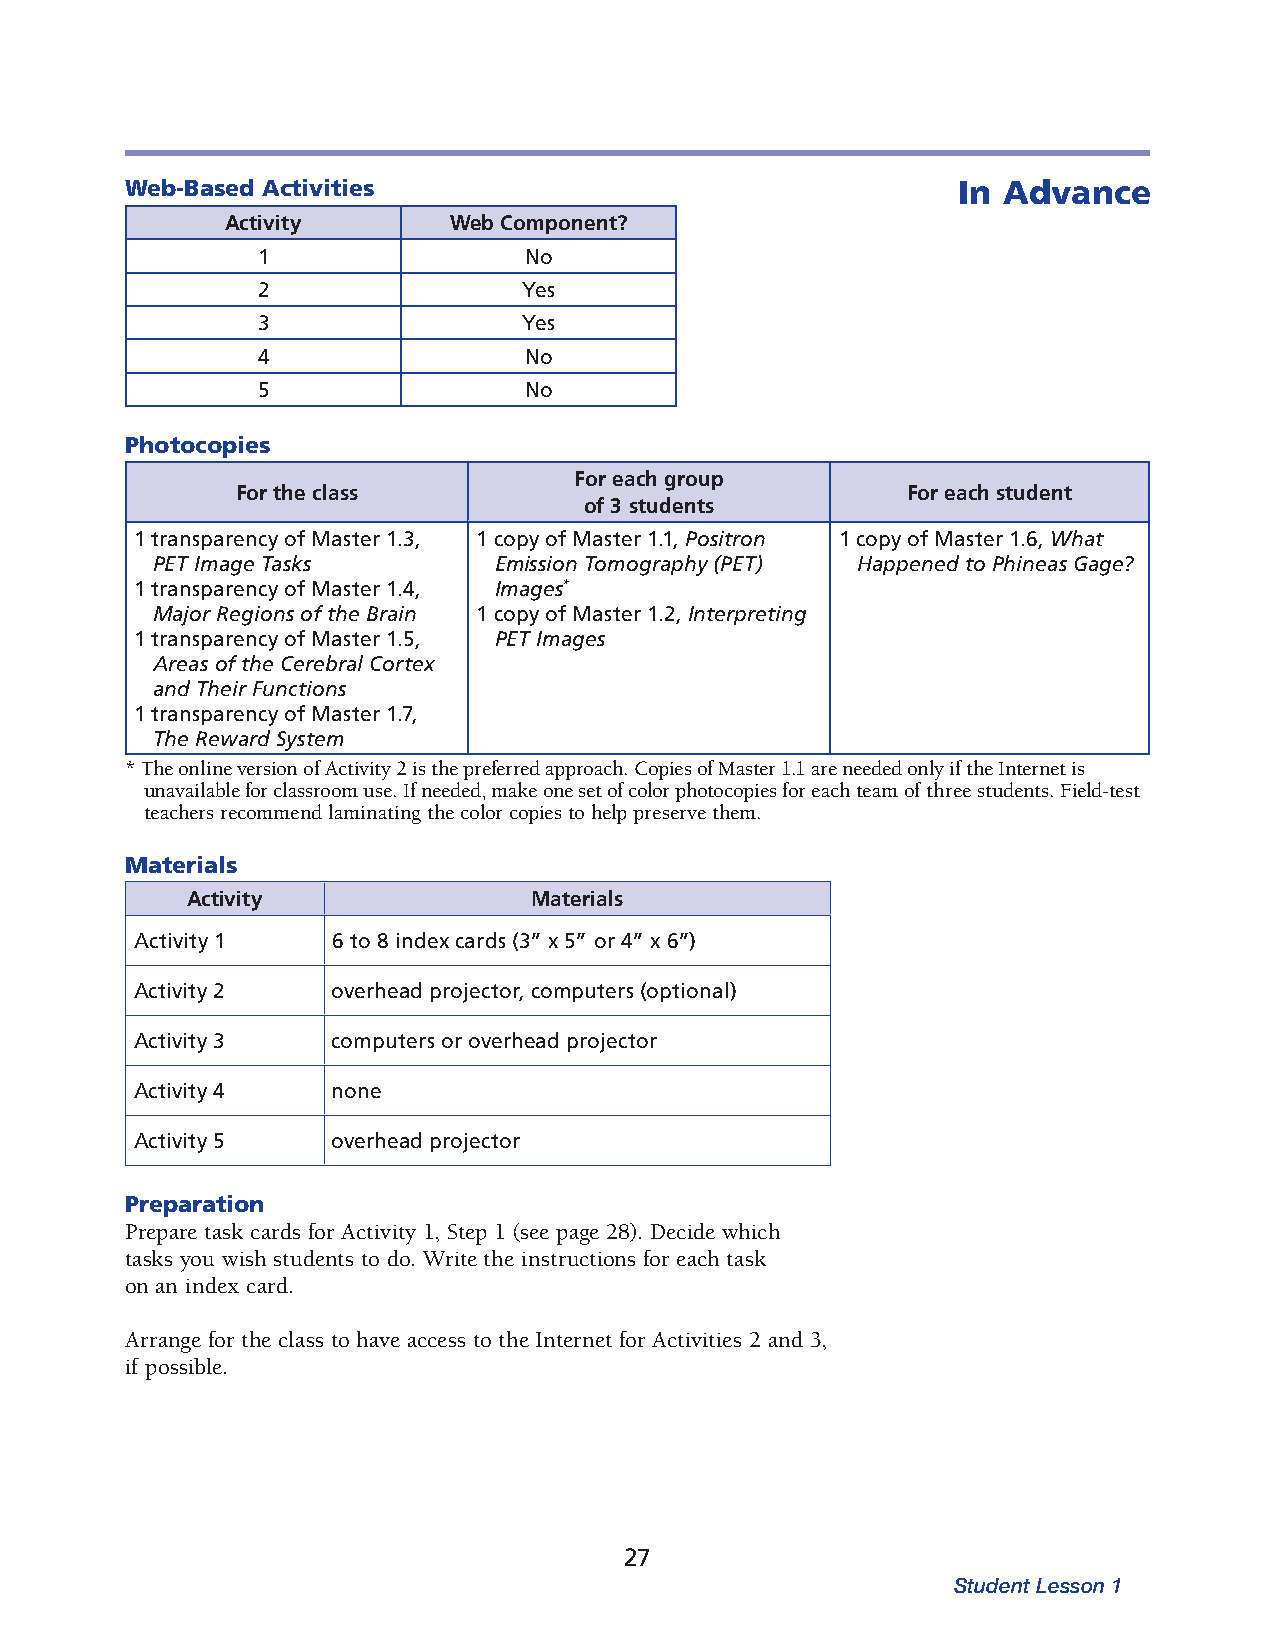
Web-Based Activities                                   In Advance
 Activity       Web Component?
 1                 No
 2                 Yes
 3                 Yes
 4                 No
 5                 No
 Photocopies
 For each group
 For the class                               For each student
 of 3 students
 1 transparency of Master 1.3, 1 copy of Master 1.1, Positron 1 copy of Master 1.6, What
 PET Image Tasks        Emission Tomography (PET) Happened to Phineas Gage?
 1 transparency of Master 1.4, Images*
 Major Regions of the Brain 1 copy of Master 1.2, Interpreting
 1 transparency of Master 1.5, PET Images
 Areas of the Cerebral Cortex
 and Their Functions
 1 transparency of Master 1.7,
 The Reward System
 * The online version of Activity 2 is the preferred approach. Copies of Master 1.1 are needed only if the Internet is
 unavailable for classroom use. If needed, make one set of color photocopies for each team of three students. Field-test
 teachers recommend laminating the color copies to help preserve them.
 Materials
 Activity               Materials
 Activity 1   6 to 8 index cards (3” x 5” or 4” x 6”)
 Activity 2   overhead projector, computers (optional)
 Activity 3   computers or overhead projector
 Activity 4   none
 Activity 5   overhead projector
 Preparation
 Prepare task cards for Activity 1, Step 1 (see page 28). Decide which
 tasks you wish students to do. Write the instructions for each task
 on an index card.
 Arrange for the class to have access to the Internet for Activities 2 and 3,
 if possible.
 27
 Student Lesson 1